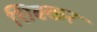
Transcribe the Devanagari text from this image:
शिक्कर